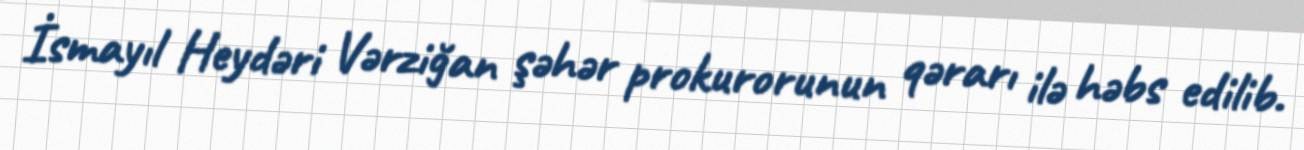
İsmayıl Heydəri Vərziğan şəhər prokurorunun qərarı ilə həbs edilib.